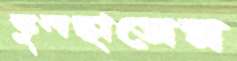
স্কুলছাত্রের